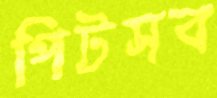
পিটসব